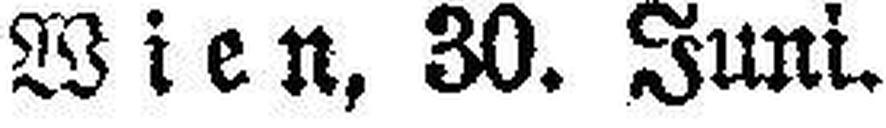
Wien, 30. Juni.